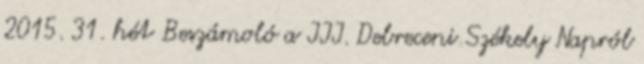
2015. 31. hét Beszámoló a III. Debreceni Székely Napról